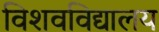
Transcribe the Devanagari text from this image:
विशवविद्यालय